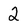
Character: 2